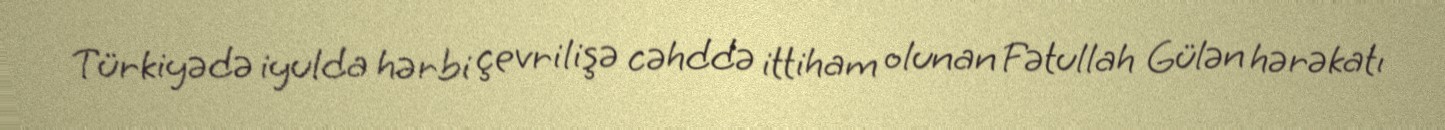
Türkiyədə iyulda hərbi çevrilişə cəhddə ittiham olunan Fətullah Gülən hərəkatı